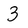
Character: 3